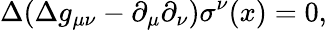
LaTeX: \Delta(\Delta g_{\mu\nu}-\partial_{\mu}\partial_{\nu})\sigma^{\nu}(x)=0,